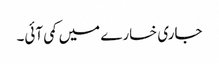
جاری خسارے میں کمی آئی۔